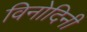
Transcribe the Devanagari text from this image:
विनोदिनी